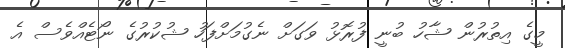
މީގެ އިތުރުން ޝާހު ބުނީ ފުރޮޅު ވަގަށް ނެގުމަށްފަހު ޝުކުރުގެ ނޯޓެއްވެސް އެ